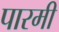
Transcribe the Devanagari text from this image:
पारमी